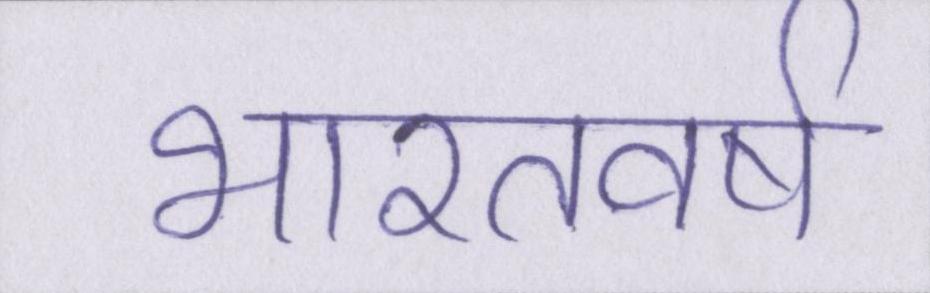
भारतवर्ष